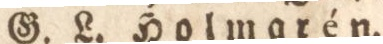
G. L. Holmgrén.